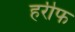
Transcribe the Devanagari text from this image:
हरीफ